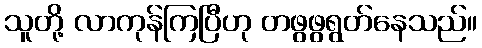
သူတို့ လာကုန်ကြပြီဟု တဖွဖွရွတ်နေသည်။